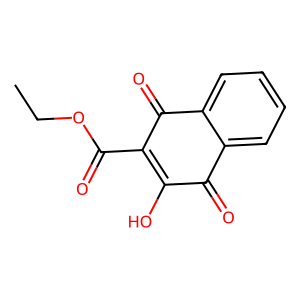
SMILES: CCOC(=O)C1=C(O)C(=O)c2ccccc2C1=O
Inhibits HIV replication: No